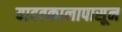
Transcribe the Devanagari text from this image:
यादवकालापासून